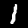
Label: 1